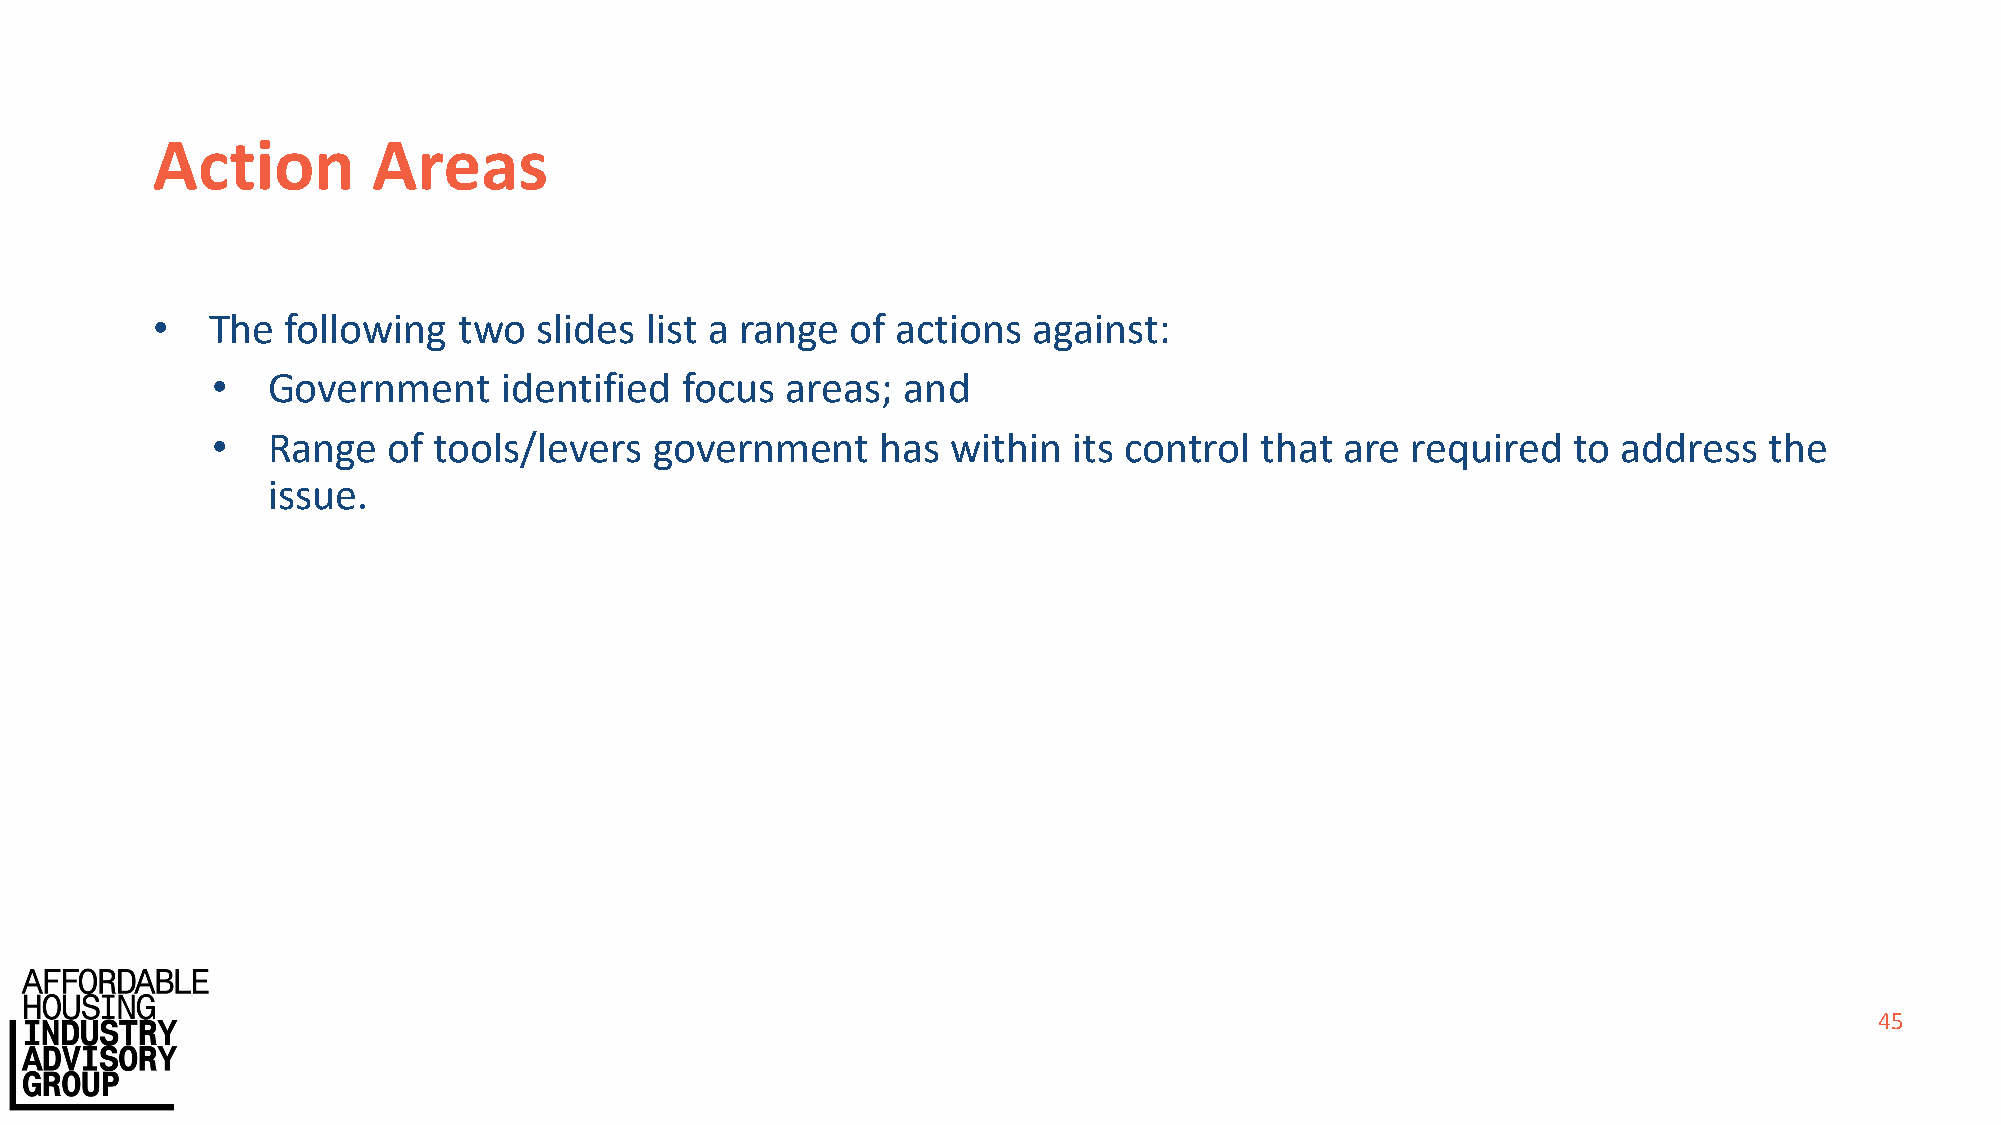
Action         Areas
 •   The  following  two   slides list a range of actions  against:
 •   Government     identified  focus  areas;  and
 •   Range   of tools/levers  government     has  within  its control that  are required   to address   the
 issue.
 45